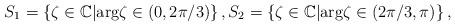
LaTeX: \begin{align*} S_{1}=\left\{\zeta\in\mathbb{C}\vert \textnormal{arg}\zeta\in(0,2\pi/3)\right\}, S_{2}=\left\{\zeta\in\mathbb{C}\vert \textnormal{arg}\zeta\in(2\pi/3,\pi)\right\},\end{align*}